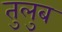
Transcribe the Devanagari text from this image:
तुलुब